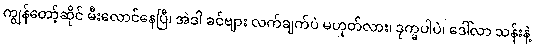
ကျွန်တော့်ဆိုင် မီးလောင်နေပြီ၊ အဲဒါ ခင်ဗျား လက်ချက်ပဲ မဟုတ်လား၊ ဒုက္ခပါပဲ၊ ဒေါ်လာ သန်းနဲ့